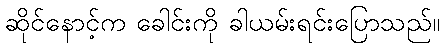
ဆိုင်နောင့်က ခေါင်းကို ခါယမ်းရင်းပြောသည်။